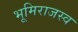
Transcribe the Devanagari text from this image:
भूमिराजस्व